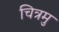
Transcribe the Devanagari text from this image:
चित्रमु